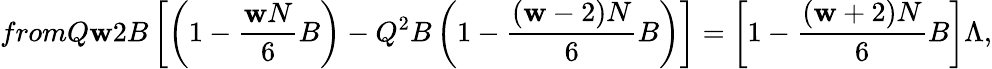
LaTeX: fromQ\mathbf{w}2B\left[\left(1-\frac{{\mathbf{w}N}}{{6}}B\right)-Q^{2}B\left(1-\frac{{(\mathbf{w}-2)N}}{{6}}B\right)\right]=\left[1-\frac{{(\mathbf{w}+2)N}}{{6}}B\right]\Lambda,